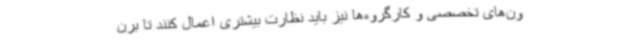
ون‌های تخصصی و کارگروه‌ها نیز باید نظارت بیشتری اعمال کنند تا برن